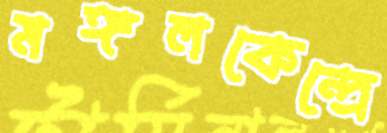
মঙ্গলকেন্দ্রে